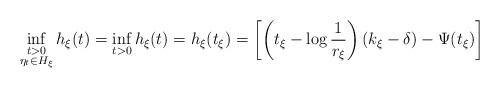
LaTeX: \begin{align*}\inf_{\substack{t > 0 \\ \eta_t\in H_\xi}} h_\xi(t)= \inf_{t > 0} h_\xi(t)= h_\xi(t_\xi) = \left[\left(t_\xi - \log\frac{1}{r_\xi}\right)(k_\xi - \delta) - \Psi(t_\xi)\right]\end{align*}